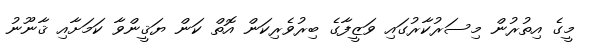
މީގެ އިތުރުން މިސަރުކާރުގައި ވަޒީފާގެ ބިރުވެރިކަން އޮތް ކަން ޔަޤީންވާ ކަމަށާއި ޤާނޫނު